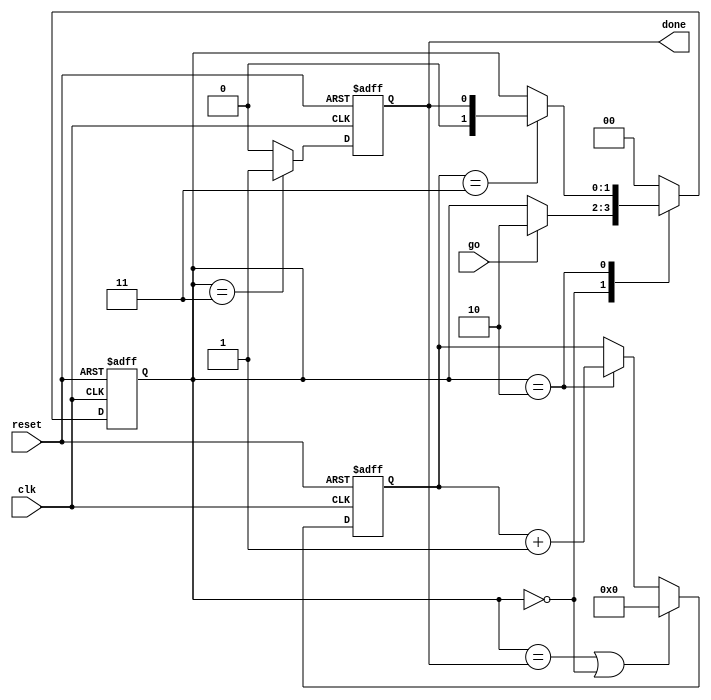
`timescale 1ns / 1ps
//////////////////////////////////////////////////////////////////////////////////
// Company: 
// Engineer: 
// 
// Design Name: 
// Module Name: simplestate
// Project Name: 
// Target Devices: 
// Tool Versions: 
// Description: 
// 
// Dependencies: 
// 
// Revision:
// Revision 0.01 - File Created
// Additional Comments:
// 
//////////////////////////////////////////////////////////////////////////////////


module simplestate(
        clk, 
        reset, 
        go,
        done,
    );
    input clk;
    input reset; 
    input go; 
    output done; 
    
    reg [3:0] count; 
    reg [1:0] state_reg;
    reg done;  
    
    parameter idle = 2'b00;
    parameter active = 2'b10; 
    parameter finish = 2'b11; 
    
    // modifying state_reg 
    always @(posedge clk or posedge reset) begin 
        if (reset) 
            state_reg <= idle;       
        else 
           case (state_reg)
            idle: 
                if (go)
                    state_reg <= active; 
            active: 
                if (count == 2'b11) 
                state_reg <= done; 
             done:
                state_reg <= idle; 
             default: 
                state_reg <= idle; 
            endcase
       end
     //modifying counter 
     
     always @(posedge clk or posedge reset) 
     begin 
        if (reset) 
            count <= 0; 
         else if ((state_reg == done ) || (state_reg == idle)) 
            count <= 0; 
         else if (state_reg == active)
            count <= count + 1; 
     end 
     
     always @(posedge clk or posedge reset) 
     begin 
        if (reset) 
        done <= 1'b0;
        else if (state_reg == finish) 
        done <= 1'b1;
        else 
        done <= 1'b0;
     end
        

endmodule